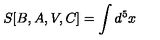
S [ B , A , V , C ] = \int d ^ { 5 } x